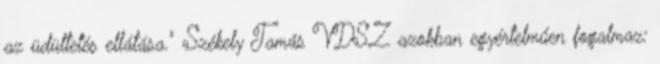
az üdültetés ellátása." Székely Tamás VDSZ azokban egyértelműen fogalmaz: